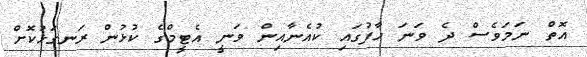
އޮތް ނަމަވެސް ދެ ވަނަ ހާފުގައި ކުއެނާއިން ވަނީ އެޓީމްގެ ކުޅުން ރަނގަޅުކޮށް